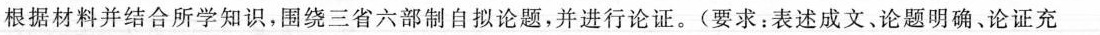
根据材料并结合所学知识，围绕三省六部制自拟论题，并进行论证。(要求：表述成文，论题明确。论证充